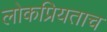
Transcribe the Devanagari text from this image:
लोकप्रियताच